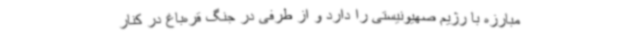
مبارزه با رژیم صهیونیستی را دارد و از طرفی در جنگ قره‌باغ در کنار